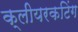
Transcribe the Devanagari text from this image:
क्लीयरकटिंग